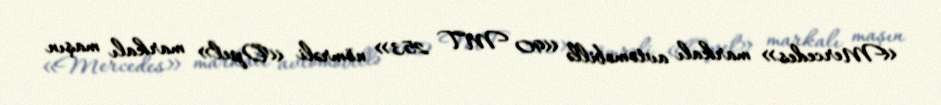
«Mercedes» markalı avtomobillə «90 MT 253» nömrəli «Opel» markalı maşın